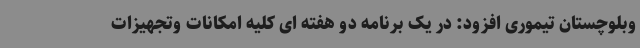
وبلوچستان تیموری افزود: در یک برنامه دو هفته ای کلیه امکانات وتجهیزات